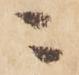
ニ